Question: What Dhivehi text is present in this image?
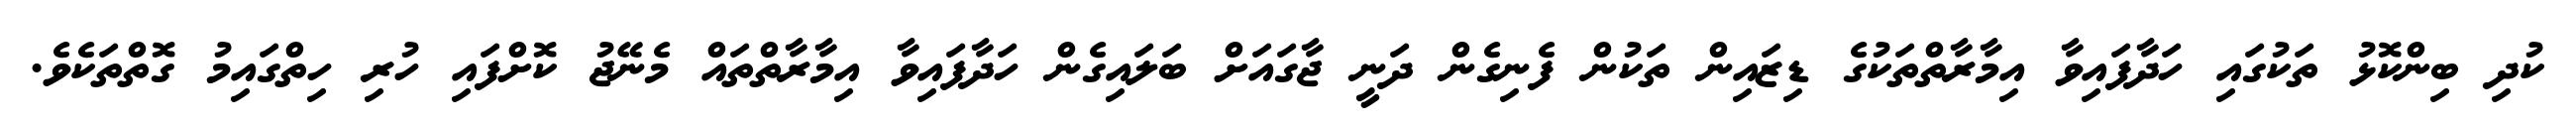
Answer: ކުދި ބިންކޮޅު ތަކުގައި ހަދާފައިވާ އިމާރާތްތަކުގެ ޑިޒައިން ތަކުން ފެނިގެން ދަނީ ޖާގައަށް ބަލައިގެން ހަދާފައިވާ އިމާރާތްތައް މެނޭޖު ކޮށްފައި ހުރި ހިތްގައިމު ގޮތްތަކެވެ.